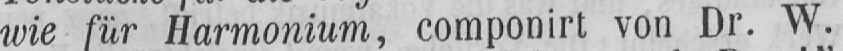
wie für Harmonium, componirt von Dr. W.